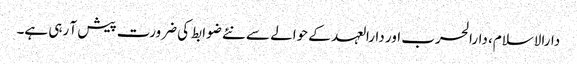
دارالاسلام، دارالحرب اور دارالعہد کے حوالے سے نئے ضوابط کی ضرورت پیش آ رہی ہے۔